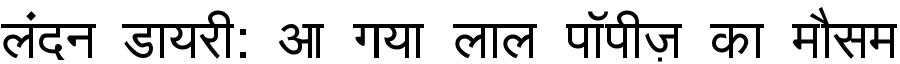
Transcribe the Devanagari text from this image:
लंदन डायरी: आ गया लाल पॉपीज़ का मौसम